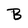
Character: B